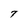
Character: T